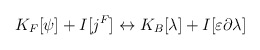
\begin{align*}K_{F}[\psi ]+I[j^{F}]\leftrightarrow K_{B}[\lambda ]+I[\varepsilon \partial\lambda ] \end{align*}